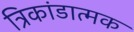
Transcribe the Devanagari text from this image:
त्रिकांडात्मक